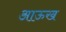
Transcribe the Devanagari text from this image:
आऊख